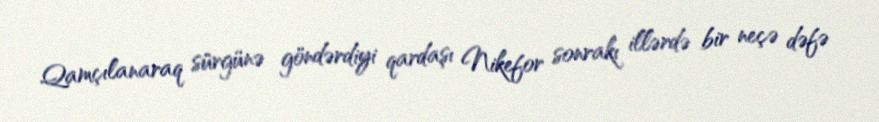
Qamçılanaraq sürgünə göndərdiyi qardaşı Nikefor sonrakı illərdə bir neçə dəfə